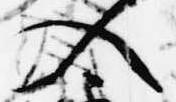
入